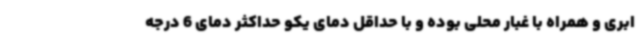
ابری و همراه با غبار محلی بوده و با حداقل دمای یکو حداکثر دمای 6 درجه